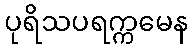
ပုရိသပရက္ကမေန